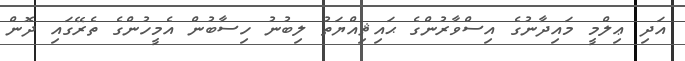
އަދި ޢިލްމީ މައިދާނުގެ އިސްވާރުންގެ ޙައިޘިއްޔަތު ލިބުނު ހިސާބުން އެމީހުންގެ ތެރޭގައި ދޮން